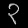
Digit: ၃